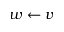
w \leftarrow v